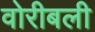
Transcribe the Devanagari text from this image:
वोरीबली